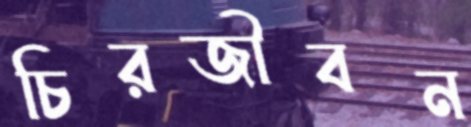
চিরজীবন